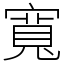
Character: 寬